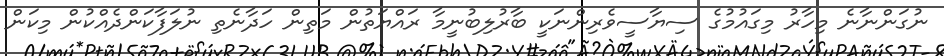
ނުގަންނާނެ މިހާރު މިގައުމުގެ ސިޔާސީވެރިންނަކީ ބާރުލިބުނީމާ ރައްޔަތުން މަތިން ހަދާނެތި ނުލަފާކަންދެއްކުން މިކަން